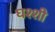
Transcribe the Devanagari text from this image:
घश्शी